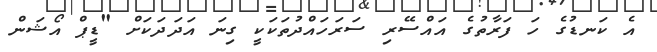
އެ ކަނޑުގެ ހަ ފަރާތުގެ އައްސޭރި ސަރަހައްދުތަކަކީ ގިނަ އަދަދަކަށް "ޑީޕް އޯޝަން